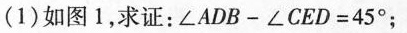
(1)如图1，求证：$$∠ A D B - ∠ C